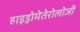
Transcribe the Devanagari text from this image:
हाइड्रोमेतेरोलोजी